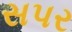
સપર